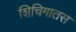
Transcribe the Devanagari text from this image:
शिचिगातस